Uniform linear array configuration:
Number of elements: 24
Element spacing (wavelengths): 0.5
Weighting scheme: hamming
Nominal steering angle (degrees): -45
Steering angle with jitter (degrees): -46.122
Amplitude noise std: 0.05
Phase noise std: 0.05

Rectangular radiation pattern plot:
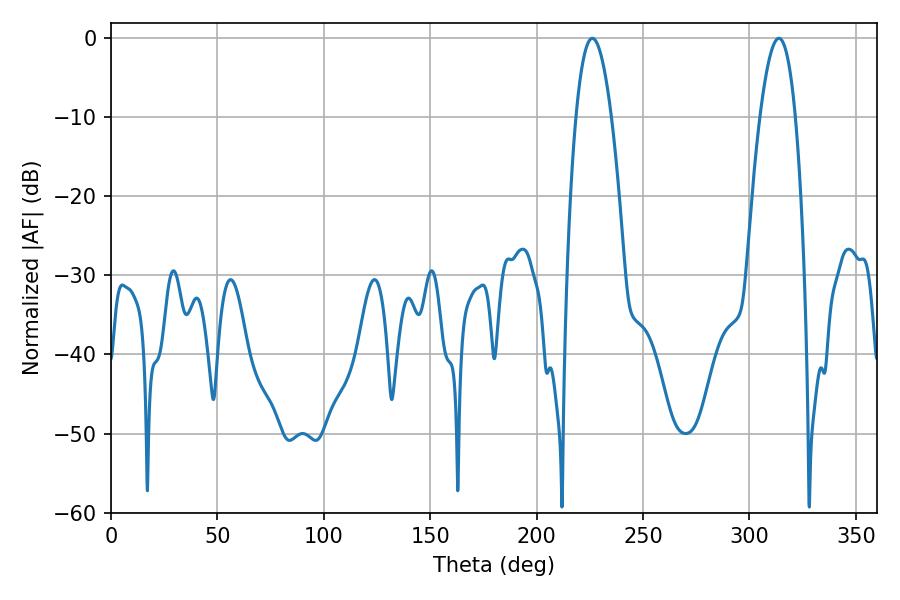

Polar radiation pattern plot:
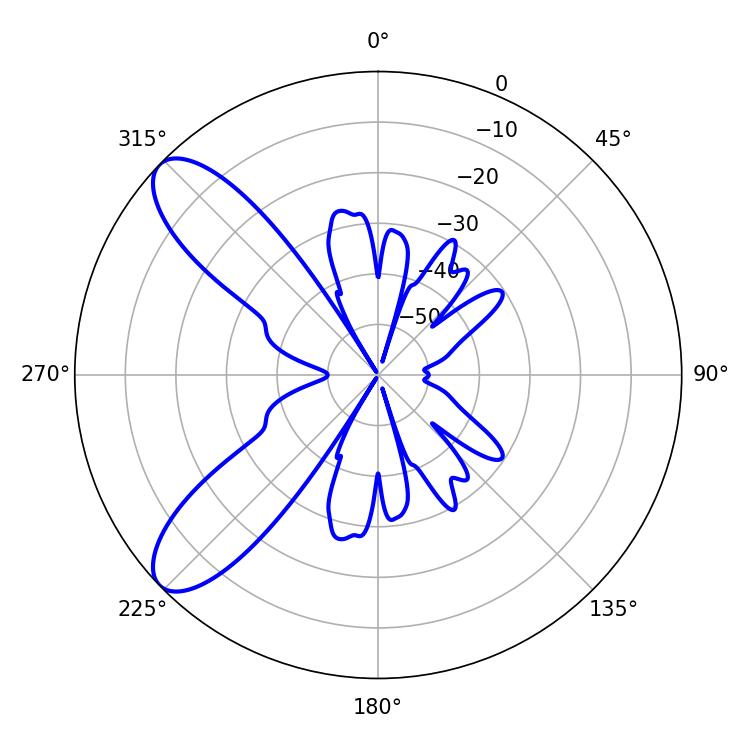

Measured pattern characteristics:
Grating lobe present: FALSE
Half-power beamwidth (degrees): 9.18
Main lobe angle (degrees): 226.08